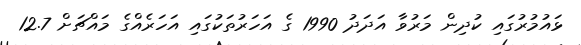
ޅައުމުރުގައި ކުދިން މަރުވާ އަދަދު 1990 ގެ އަހަރުތަކުގައި އަހަރެއްގެ މައްޗަށް 12.7